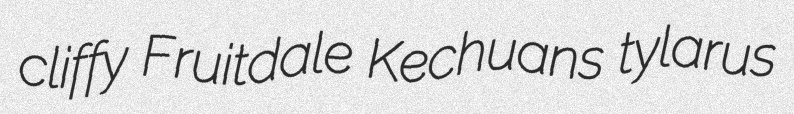
cliffy Fruitdale Kechuans tylarus